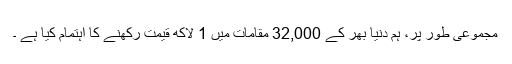
مجموعی طور پر، ہم دنیا بھر کے 32,000 مقامات میں 1 لاکھ قیمت رکھنے کا اہتمام کیا ہے ۔